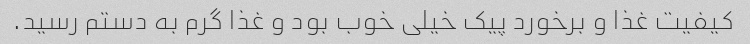
کیفیت غذا و برخورد پیک خیلى خوب بود و غذا گرم به دستم رسید.